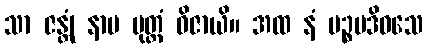
သာ ဇန္တုံ နာမ ပုတ္တံ ဝိဇာယိ။ အထ နံ ပဉ္စမဒိဝသေ